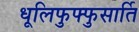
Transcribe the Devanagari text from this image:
धूलिफुफ्फुसार्ति